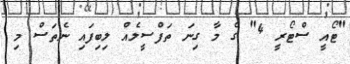
"ޓޯއީ ސްޓޯރީ 4" ގެ މާ ގިނަ ތަފްސީލެއް ލިބިފައި ނެތަސް މި